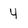
Character: 4